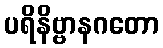
ပရိနိဗ္ဗာနဂတော